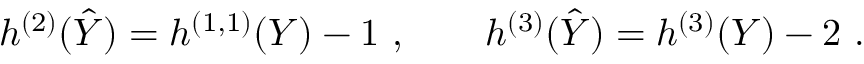
h ^ { ( 2 ) } ( \hat { Y } ) = h ^ { ( 1 , 1 ) } ( Y ) - 1 \ , \qquad h ^ { ( 3 ) } ( \hat { Y } ) = h ^ { ( 3 ) } ( Y ) - 2 \ .